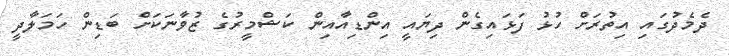
ދެމެދުގައި އިތުރަށް ހުޅު ފަޅައިގެން ދިޔައީ އިންޑިއާއިން ކަޝްމީރުގެ ޒުވާނަކަށް ބަޑިން ހަމަލާދީ